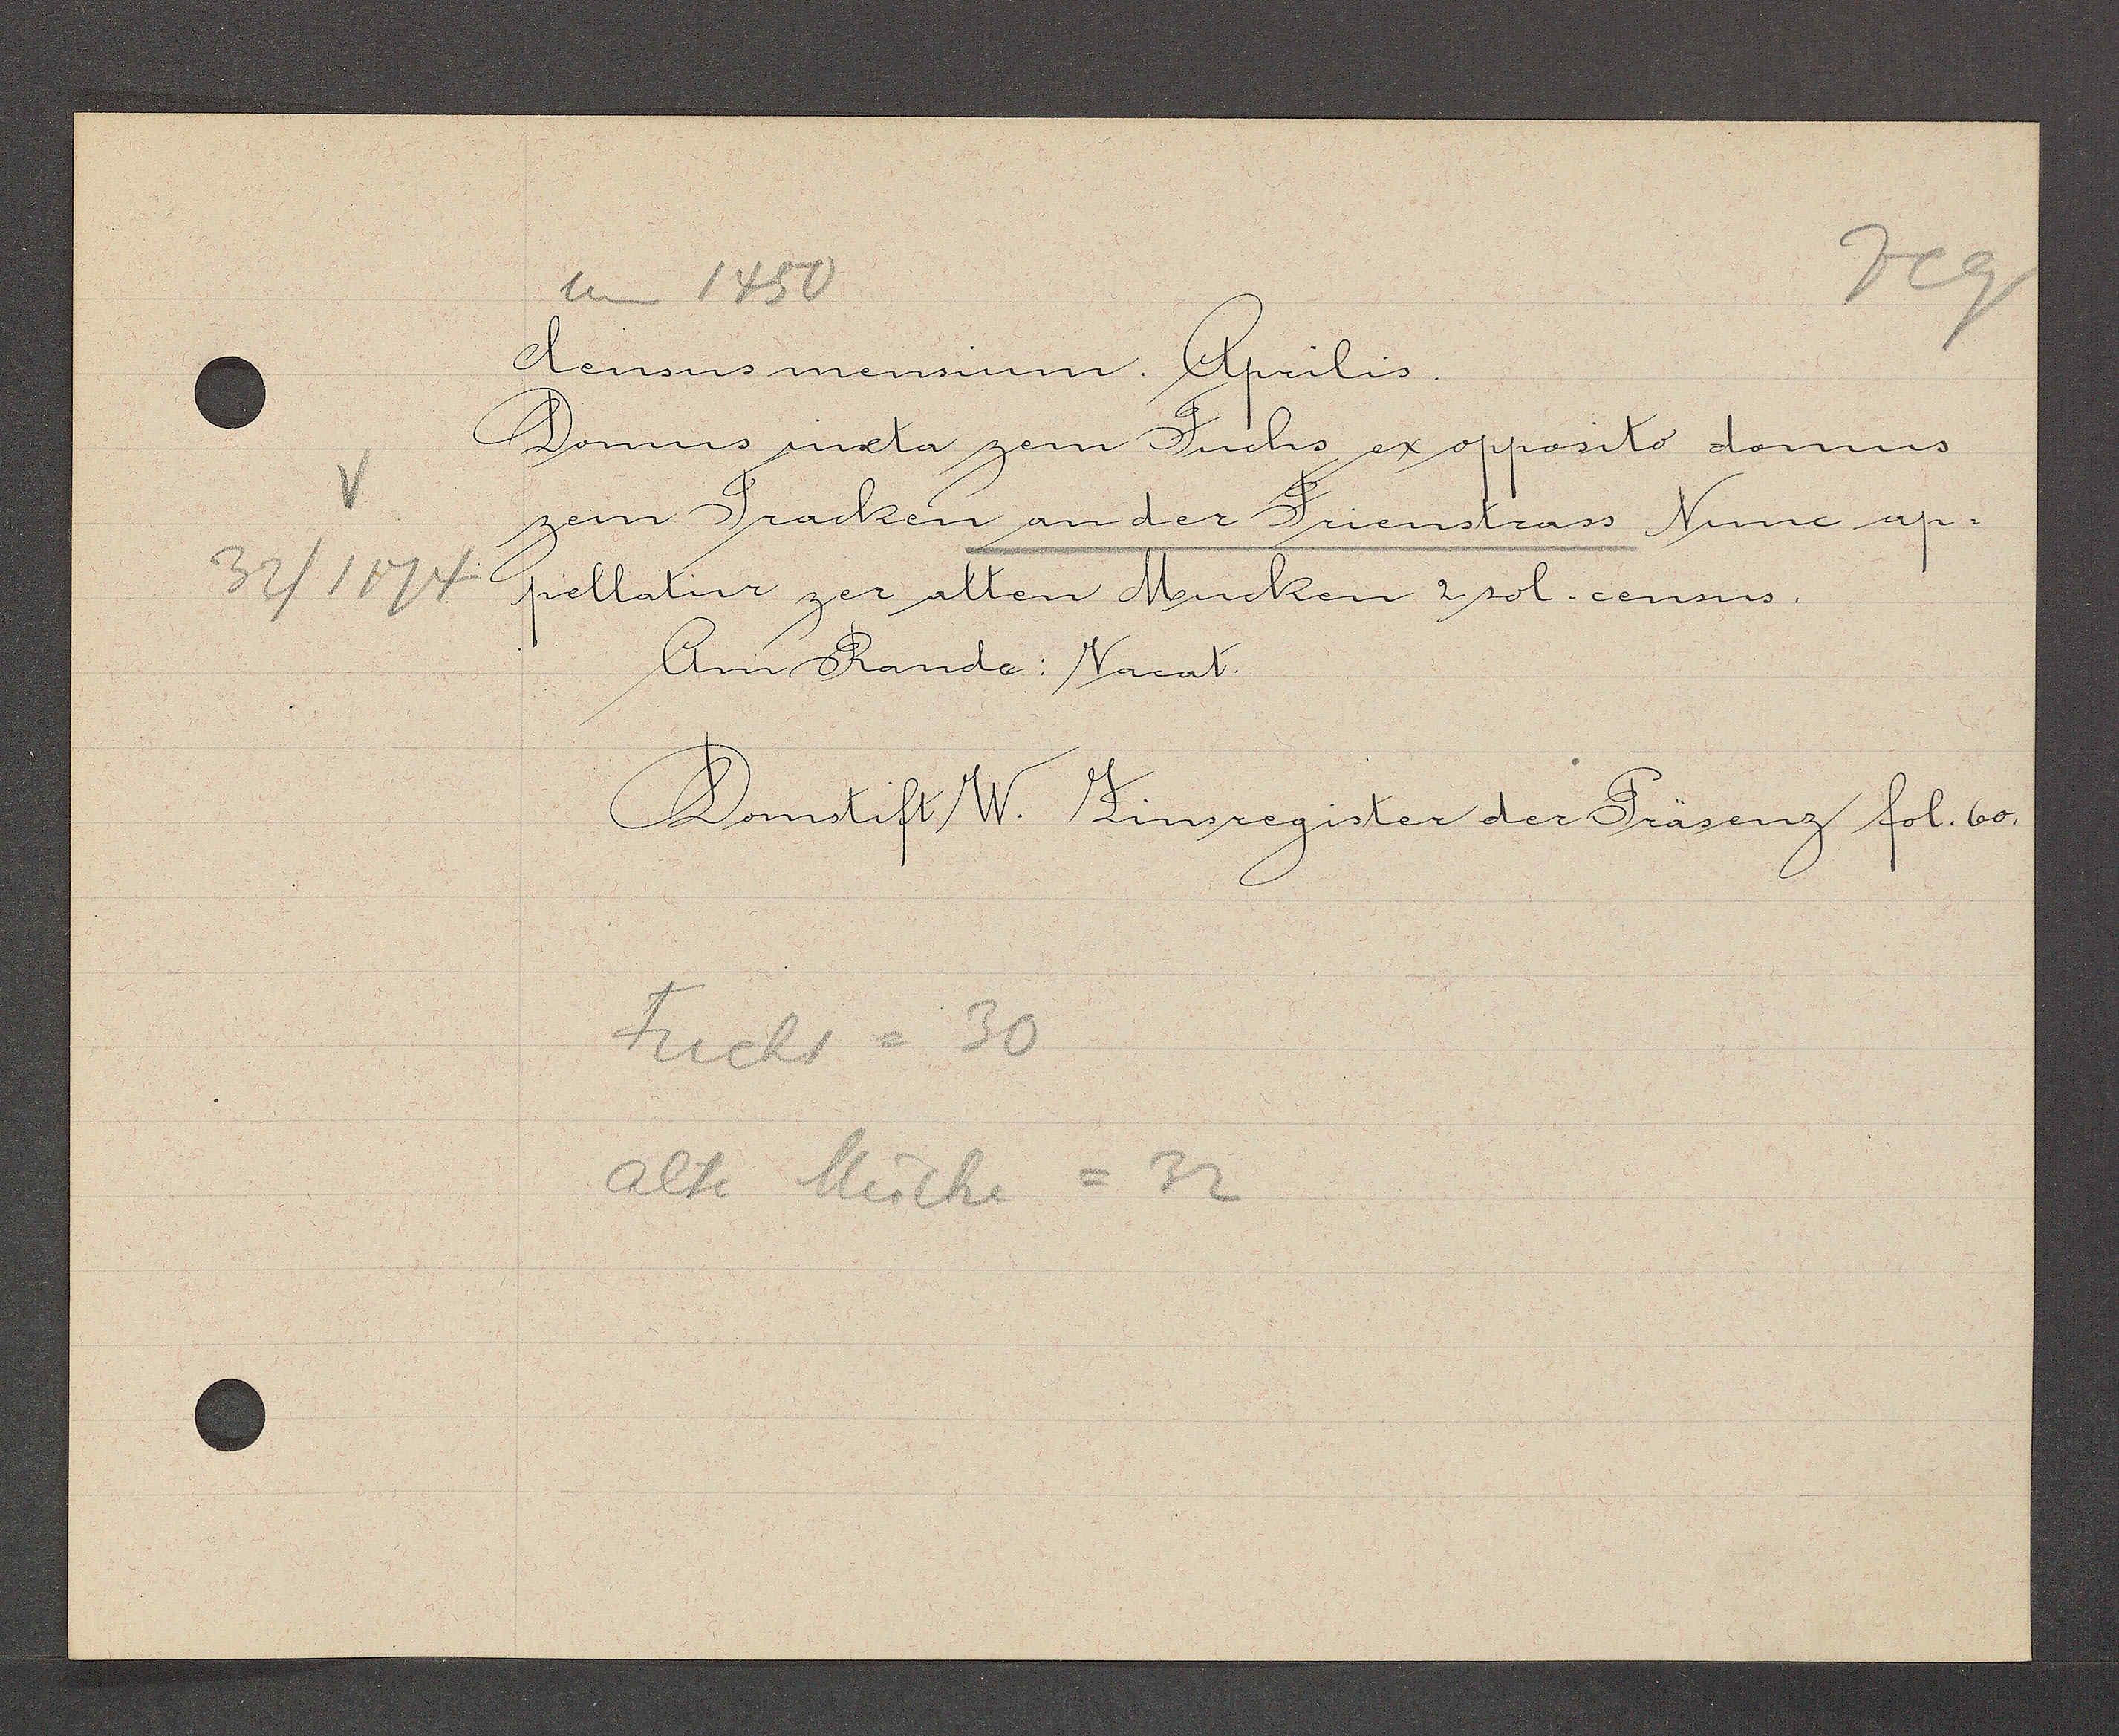
Transcript:
32/1174

um 1450

Census mensium Aprilis.
Domus iuxta zem Fuchs ex opposito domus
zem Tracken an der Frienstrass Nunc ap-
pellatur zer alten Mucken 2 sol. census.
Am Rande: Vacat

Domstift W. Zinsregister der Präsenz fol. 60.

Fuchs = 30
alte Mücke = 32